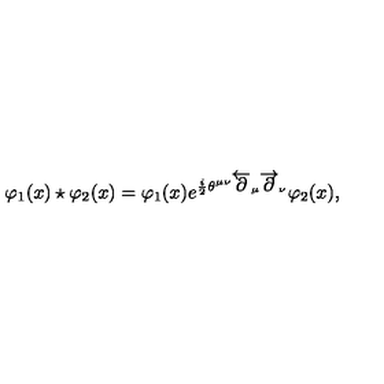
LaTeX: \varphi _ { 1 } ( x ) \star \varphi _ { 2 } ( x ) = \varphi _ { 1 } ( x ) e ^ { \frac { i } { 2 } \theta ^ { \mu \nu } \overleftarrow { \partial } _ { \mu } \overrightarrow { \partial } _ { \nu } } \varphi _ { 2 } ( x ) ,